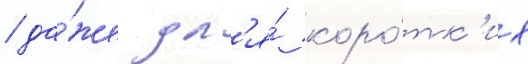
/ да́же дл'я́ коро́тк'их